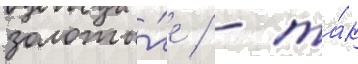
золоты́е / - та́к